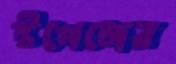
স্টপেজের